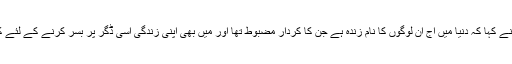
مدیحہ شاہ نے کہا کہ دنیا میں آج ان لوگوں کا نام زندہ ہے جن کا کردار مضبوط تھا اور میں بھی اپنی زندگی اسی ڈگر پر بسر کرنے کے لئے کوشاں ہوں۔